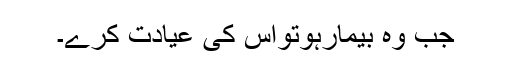
جب وہ بیمارہوتواس کی عیادت کرے۔